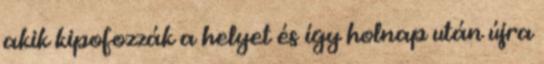
akik kipofozzák a helyet és így holnap után újra